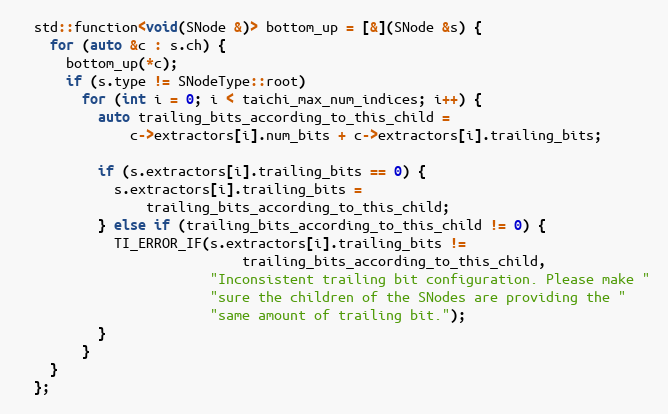
Language: C++
  std::function<void(SNode &)> bottom_up = [&](SNode &s) {
    for (auto &c : s.ch) {
      bottom_up(*c);
      if (s.type != SNodeType::root)
        for (int i = 0; i < taichi_max_num_indices; i++) {
          auto trailing_bits_according_to_this_child =
              c->extractors[i].num_bits + c->extractors[i].trailing_bits;

          if (s.extractors[i].trailing_bits == 0) {
            s.extractors[i].trailing_bits =
                trailing_bits_according_to_this_child;
          } else if (trailing_bits_according_to_this_child != 0) {
            TI_ERROR_IF(s.extractors[i].trailing_bits !=
                            trailing_bits_according_to_this_child,
                        "Inconsistent trailing bit configuration. Please make "
                        "sure the children of the SNodes are providing the "
                        "same amount of trailing bit.");
          }
        }
    }
  };